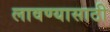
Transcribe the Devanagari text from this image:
लावण्‍यासाठी